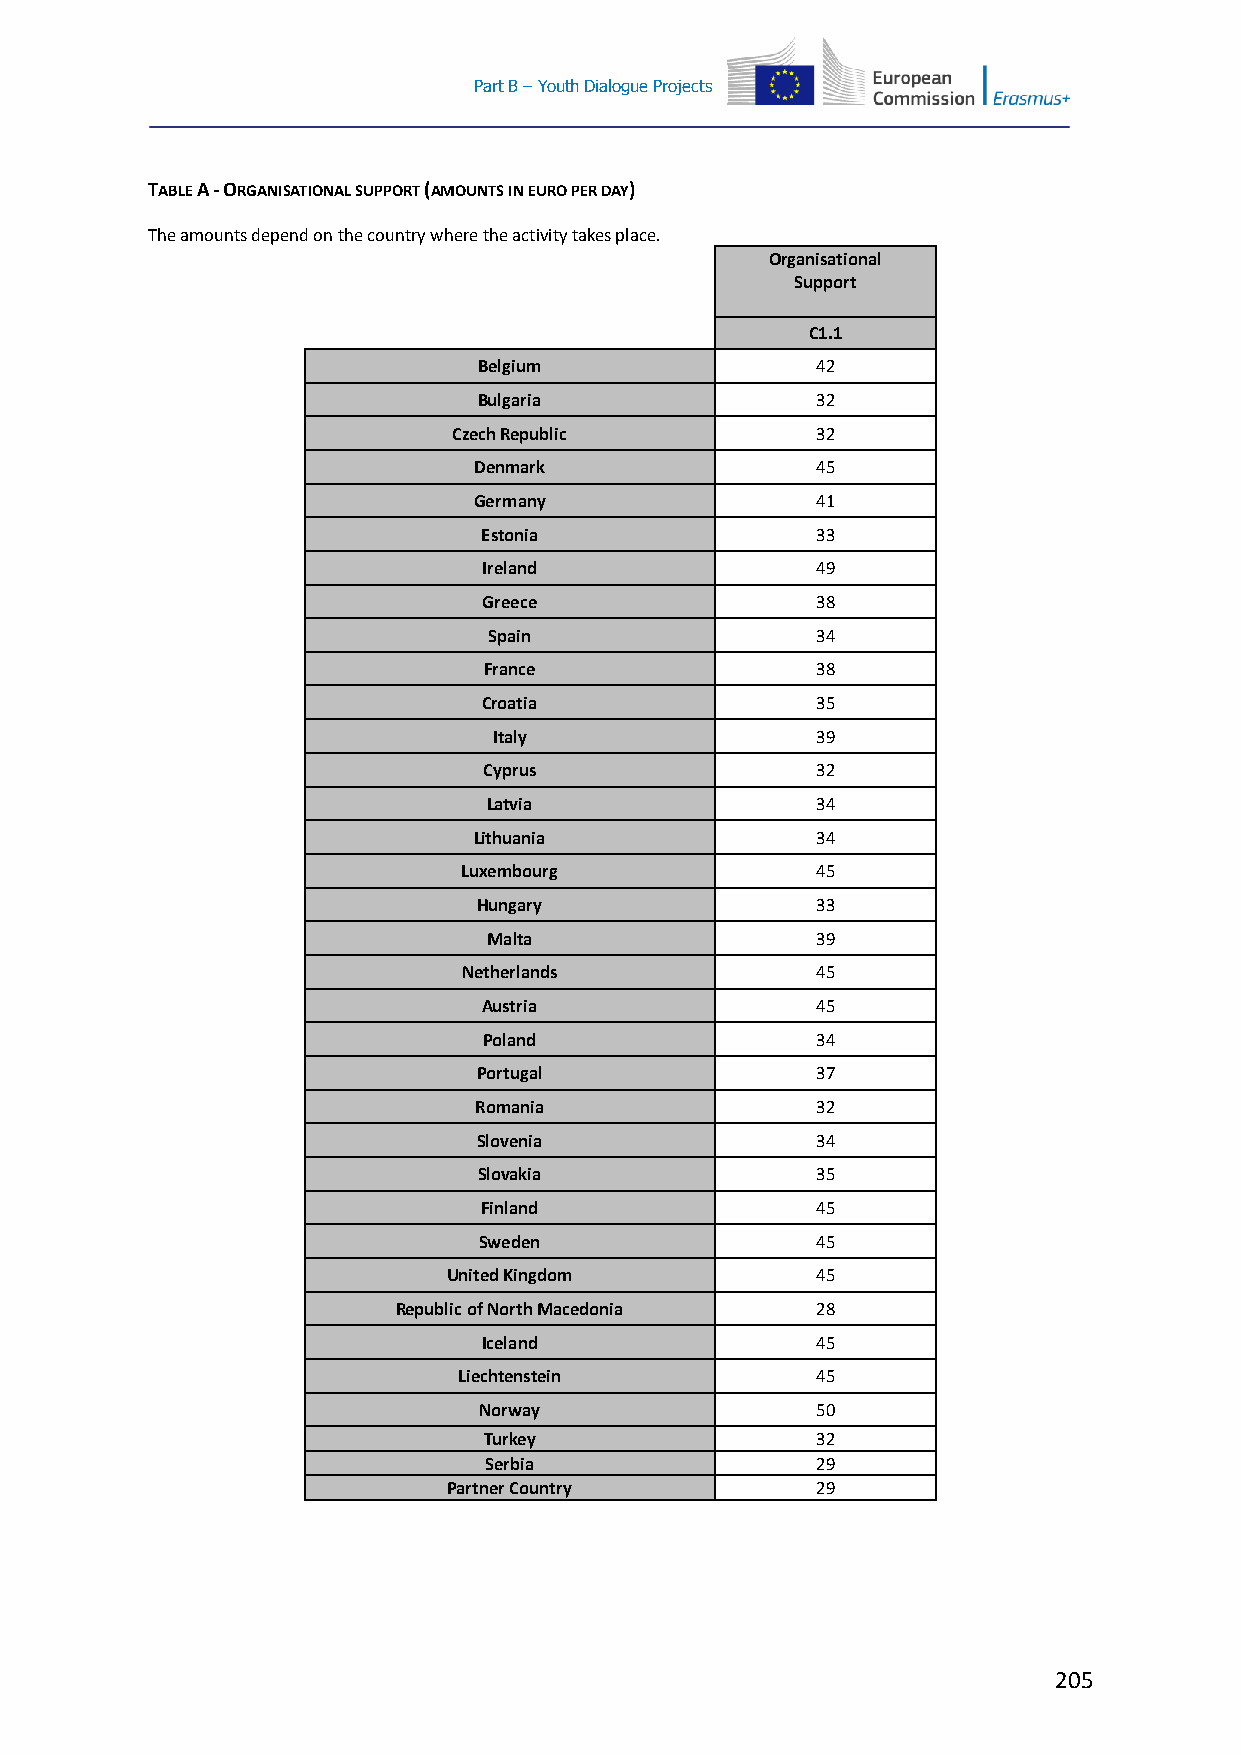
Part B – Youth Dialogue Projects
 TABLE A - ORGANISATIONAL SUPPORT (AMOUNTS IN EURO PER DAY)
 The amounts depend on the country where the activity takes place.
 Organisational
 Support
 C1.1
 Belgium               42
 Bulgaria              32
 Czech Republic          32
 Denmark                45
 Germany                41
 Estonia               33
 Ireland               49
 Greece                38
 Spain                 34
 France                38
 Croatia               35
 Italy                39
 Cyprus                32
 Latvia                34
 Lithuania              34
 Luxembourg             45
 Hungary               33
 Malta                 39
 Netherlands            45
 Austria               45
 Poland                34
 Portugal              37
 Romania                32
 Slovenia              34
 Slovakia              35
 Finland               45
 Sweden                45
 United Kingdom          45
 Republic of North Macedonia 28
 Iceland               45
 Liechtenstein           45
 Norway                50
 Turkey                32
 Serbia                29
 Partner Country         29
 205